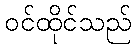
ဝင်ထိုင်သည်